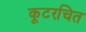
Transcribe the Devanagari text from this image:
कूटरचित